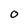
Character: o